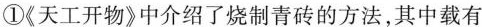
①《天工开物》中介绍了烧制青砖的方法，其中载有